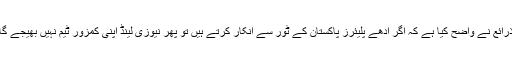
ذرائع نے واضح کیا ہے کہ اگر آدھے پلیئرز پاکستان کے ٹور سے انکار کرتے ہیں تو پھر نیوزی لینڈ اپنی کمزور ٹیم نہیں بھیجے گا۔